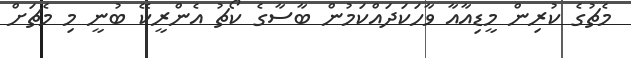
މެޗުގެ ކުރިން މީޑިއާއާ ވާހަކަދައްކަމުން ބާސާގެ ކޯޗު އެންރީކޭ ބުނީ މި މެޗަށް